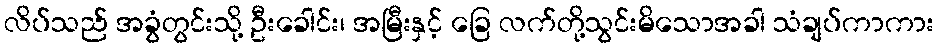
လိပ်သည် အခွံတွင်းသို့ ဦးခေါင်း၊ အမြီးနှင့် ခြေ လက်တို့သွင်းမိသောအခါ သံချပ်ကာကား